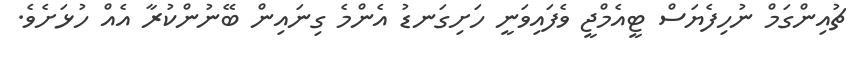
ޗުއިންގަމް ނުހިފެޔަސް ޓީއެމްޖީ ވެފައިވަނީ ހަށިގަނޑު އެންމެ ގިނައިން ބޭނުންކުރާ އެއް ހުޅަށެވެ.